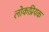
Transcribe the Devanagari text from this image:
लोकप्रियक